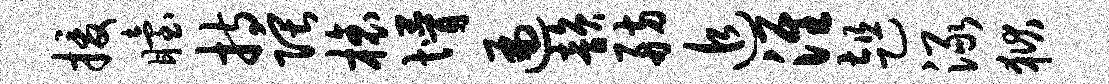
援眙持隈榱懵遍韵舫追淮趄渌狱